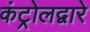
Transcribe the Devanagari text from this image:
कंट्रोलद्वारे